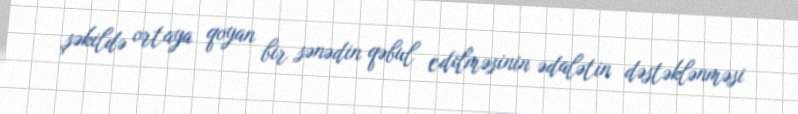
şəkildə ortaya qoyan bir sənədin qəbul edilməsinin ədalətin dəstəklənməsi